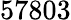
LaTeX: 57803